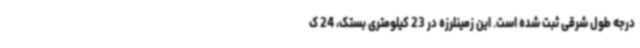
درجه طول شرقی ثبت شده است. این زمینلرزه در 23 کیلومتری بستک، 24 ک